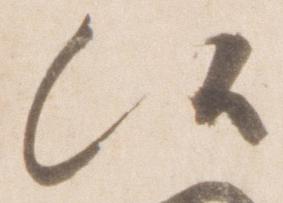
候